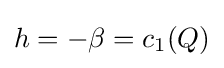
h=-\beta =c_{1}(Q)